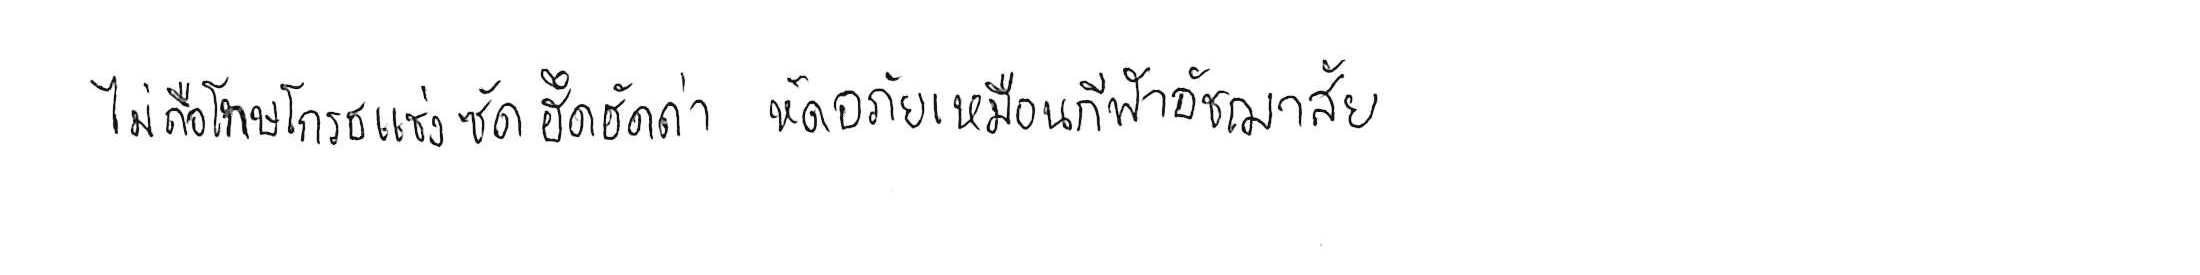
ไม่ถือโทษโกรธแช่งซัดฮึดฮัดด่า หัดอภัยเหมือนกีฬาอัชฌาสัย